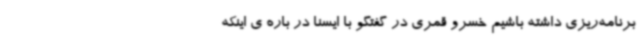
برنامه‌ریزی داشته باشیم خسرو قمری در گفتگو با ایسنا در باره ی اینکه